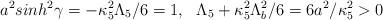
LaTeX: \begin{align*}a^2sinh^2\gamma=-\kappa^2_5\Lambda_5/6=1,~~\Lambda_5+\kappa_5^2\Lambda_b^2/6=6a^2/\kappa^2_5 >0\end{align*}